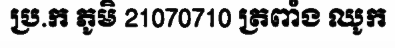
ប្រ.ក ភូមិ 21070710 ត្រពាំង ឈូក